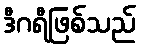
ဒီဂရီဖြစ်သည်